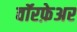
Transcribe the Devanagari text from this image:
वॉरफ़ेअर